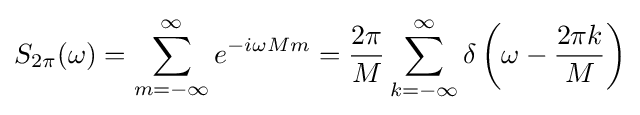
S_{2\pi }(\omega )=\sum _{m=-\infty }^{\infty }e^{-i\omega Mm}={\frac {2\pi }{M}}\sum _{k=-\infty }^{\infty }\delta \left(\omega -{\frac {2\pi k}{M}}\right)